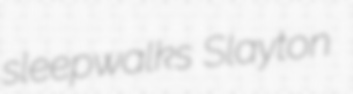
sleepwalks Slayton